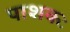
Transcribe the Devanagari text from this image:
पाशकः